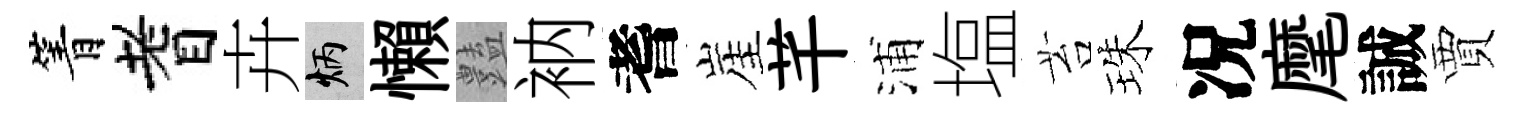
箐耆卉炳懶𧰟衲耆崖芊浦塩苔珠况麾誠賈